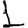
Digit: 1